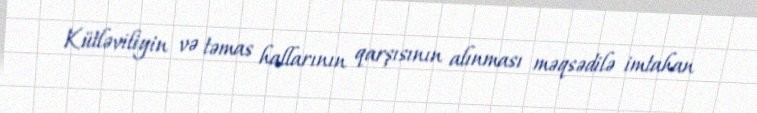
Kütləviliyin və təmas hallarının qarşısının alınması məqsədilə imtahan